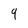
Character: 9